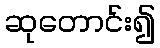
ဆုတောင်း၍